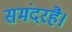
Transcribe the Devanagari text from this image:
समंदरहै।